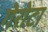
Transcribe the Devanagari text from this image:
गेरोटा